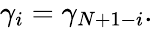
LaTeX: \begin{array}{r}{\gamma_{i}=\gamma_{N+1-i}.}\end{array}